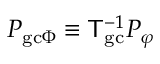
P _ { \mathrm { g c } \Phi } \equiv { \sf T } _ { \mathrm { g c } } ^ { - 1 } P _ { \varphi }